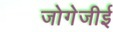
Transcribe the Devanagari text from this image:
जोगेजीई